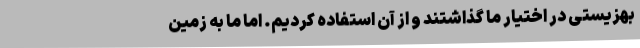
بهزیستی در اختیار ما گذاشتند و از آن استفاده کردیم. اما ما به زمین